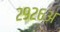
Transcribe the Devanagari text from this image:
२९२६अ